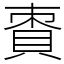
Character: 𧵩